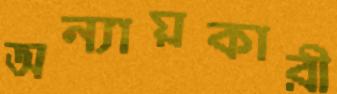
অন্যায়কারী